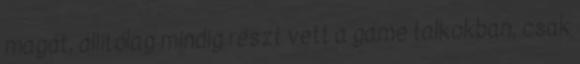
magát, állítólag mindig részt vett a game talkokban, csak